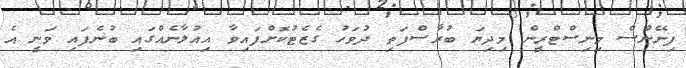
ފިނޭންސް މިނިސްޓްރީން މިދިޔަ ބުރާސްފަތި ދުވަހު ގެޒެޓުކޮށްފައިވާ އިއުލާނެއްގައި ބުނެފައި ވަނީ އެ